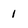
Character: 1